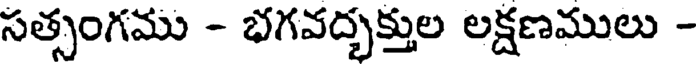
సత్సంగము - భగవద్భక్తుల లక్షణములు -